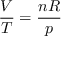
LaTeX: { \frac { V } { T } } = { \frac { n R } { p } }